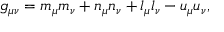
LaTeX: g _ { \mu \nu } = m _ { \mu } m _ { \nu } + n _ { \mu } n _ { \nu } + l _ { \mu } l _ { \nu } - u _ { \mu } u _ { \nu } ,